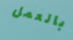
بالعمل